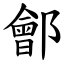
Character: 鄶